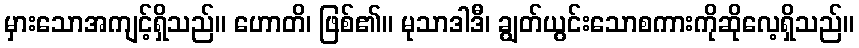
မှားသောအကျင့်ရှိသည်။ ဟောတိ၊ ဖြစ်၏။ မုသာဒါဒီ၊ ချွတ်ယွင်းသောစကားကိုဆိုလေ့ရှိသည်။